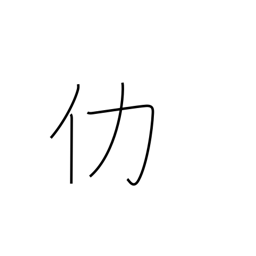
Meaning: surplus or excess